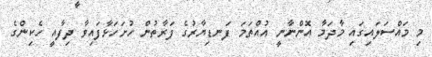
މި މައްސަލައިގައި މާދަމާ އޮންނާނީ އުއްތަމަ ފަނޑިޔާރުގެ ފަރާތުން ހުށަހަޅާފައިވާ ދިފާއީ ހެކިންގެ